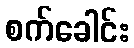
စက်ခေါင်း